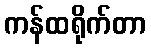
ကန်ထရိုက်တာ